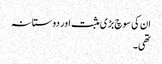
ان کی سوچ بڑی مثبت اور دوستانہ
تھی۔